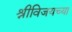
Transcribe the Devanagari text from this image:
श्रीविजयच्या